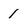
Character: 1